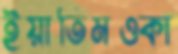
ইয়াতিমওকা